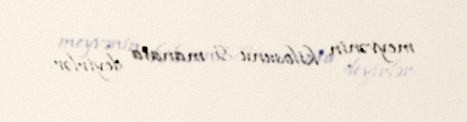
meyvənin kilosunu 5 manata deyirlər.